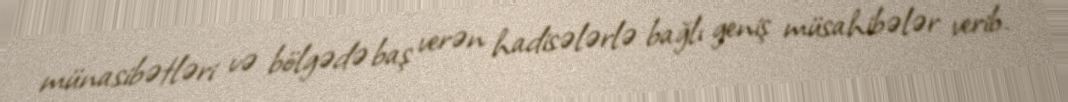
münasibətləri və bölgədə baş verən hadisələrlə bağlı geniş müsahibələr verib.